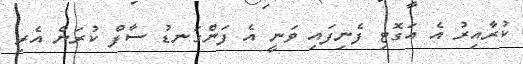
ކުރާއިރު އެ އަގޮޓި ފެނިފައި ވަނީ އެ ފަންގަނޑު ސާފް ކުރަން އެރި